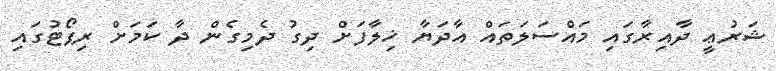
ޝަރުޢީ ދާއިރާގައި މައްސަލަތައް އާދަޔާ ޚިލާފަށް ދިގު ދެމިގެން ދާ ކަމަށް ރިޕޯޓުގައި